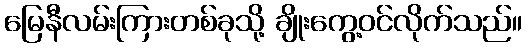
မြေနီလမ်းကြားတစ်ခုသို့ ချိုးကွေ့ဝင်လိုက်သည်။